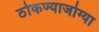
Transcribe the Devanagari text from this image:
ठोकण्याजोग्या